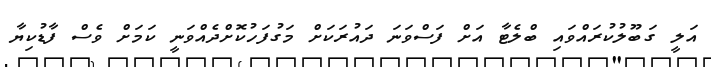
އަލީ ގަބޫލުކުރައްވައި ބްލެޓާ އަށް ފަސްވަނަ ދައުރަކަށް މަގުފަހުކޮށްދެއްވަނީ ކަމަށް ވެސް ފާޑުކިޔާ